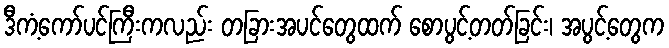
ဒီကံ့ကော်ပင်ကြီးကလည်း တခြားအပင်တွေထက် စောပွင့်တတ်ခြင်း၊ အပွင့်တွေက